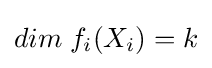
dim\;f_{i}(X_{i})=k